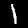
Label: 1